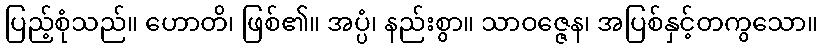
ပြည့်စုံသည်။ ဟောတိ၊ ဖြစ်၏။ အပ္ပံ၊ နည်းစွာ။ သာဝဇ္ဇေန၊ အပြစ်နှင့်တကွသော။